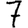
Digit: 7